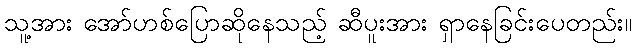
သူ့အား အော်ဟစ်ပြောဆိုနေသည့် ဆီပူးအား ရှာနေခြင်းပေတည်း။